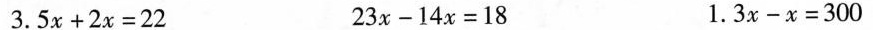
$$3 . 5 x + 2 x = 2 2$$ $$2 3 x - 1 4 x = 1 8$$ $$1 . 3 x - x = 3 0 0$$